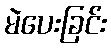
မဲပေးခြင်း